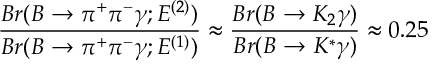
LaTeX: \frac { B r ( B \to \pi ^ { + } \pi ^ { - } \gamma ; E ^ { ( 2 ) } ) } { B r ( B \to \pi ^ { + } \pi ^ { - } \gamma ; E ^ { ( 1 ) } ) } \approx \frac { B r ( B \to K _ { 2 } \gamma ) } { B r ( B \to K ^ { * } \gamma ) } \approx 0 . 2 5